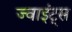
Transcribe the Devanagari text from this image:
ज्वाइंट्स